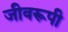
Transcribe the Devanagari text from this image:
जीवरूपी